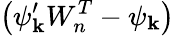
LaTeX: \left(\psi_{\mathbf{k}}^{\prime}W_{n}^{T}-\psi_{\mathbf{k}}\right)